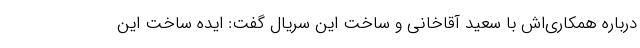
درباره همکاری‌اش با سعید آقاخانی و ساخت این سریال گفت: ایده ساخت این